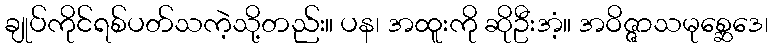
ချုပ်ကိုင်ရစ်ပတ်သကဲ့သို့တည်း။ ပန၊ အထူးကို ဆိုဦးအံ့။ အဝိဇ္ဇာသမုစ္ဆေဒေ၊